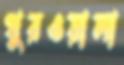
খুরওয়ালা